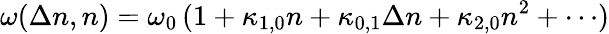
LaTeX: \omega(\Delta n,n)=\omega_{0}\, (1+\kappa_{1,0}n+\kappa_{0,1}\Delta n+\kappa_{2,0}n^{2}+\cdots)